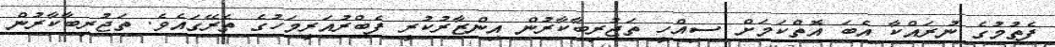
ފެތުމުގެ ނުރައްކާ އެބަ އޮތްކަމަށް ސިއްހީ ތަޖުރިބާކާރުން އިންޒާރުކުރީ ފެބްރުއަރީމަހުގެ ތެރޭގައެވެ. ތަޖުރިބާކާރުން